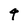
Character: 4